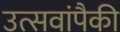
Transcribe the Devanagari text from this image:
उत्सवांपैकी